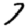
Digit: 7